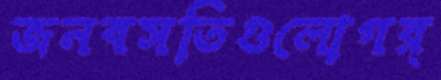
জনবসতিগুলোগর্